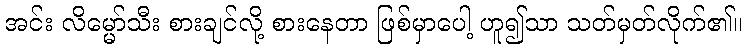
အင်း လိမ္မော်သီး စားချင်လို့ စားနေတာ ဖြစ်မှာပေါ့ ဟူ၍သာ သတ်မှတ်လိုက်၏။